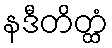
နဒီတိတ္ထံ